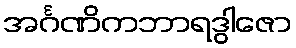
အင်္ဂဏိကဘာရဒွါဇော